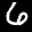
Label: 6